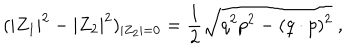
LaTeX: ( | Z _ { 1 } | ^ { 2 } - | Z _ { 2 } | ^ { 2 } ) _ { | Z _ { 2 } | = 0 } = { \frac { 1 } { 2 } } \sqrt { q ^ { 2 } p ^ { 2 } - ( q \cdot p ) ^ { 2 } } \ ,